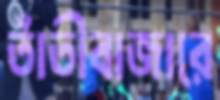
তাঁতীবাজারে